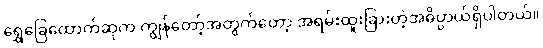
ရွှေခြေထောက်ဆုက ကျွန်တော့်အတွက်တော့ အရမ်းထူးခြားတဲ့အဓိပ္ပာယ်ရှိပါတယ်။